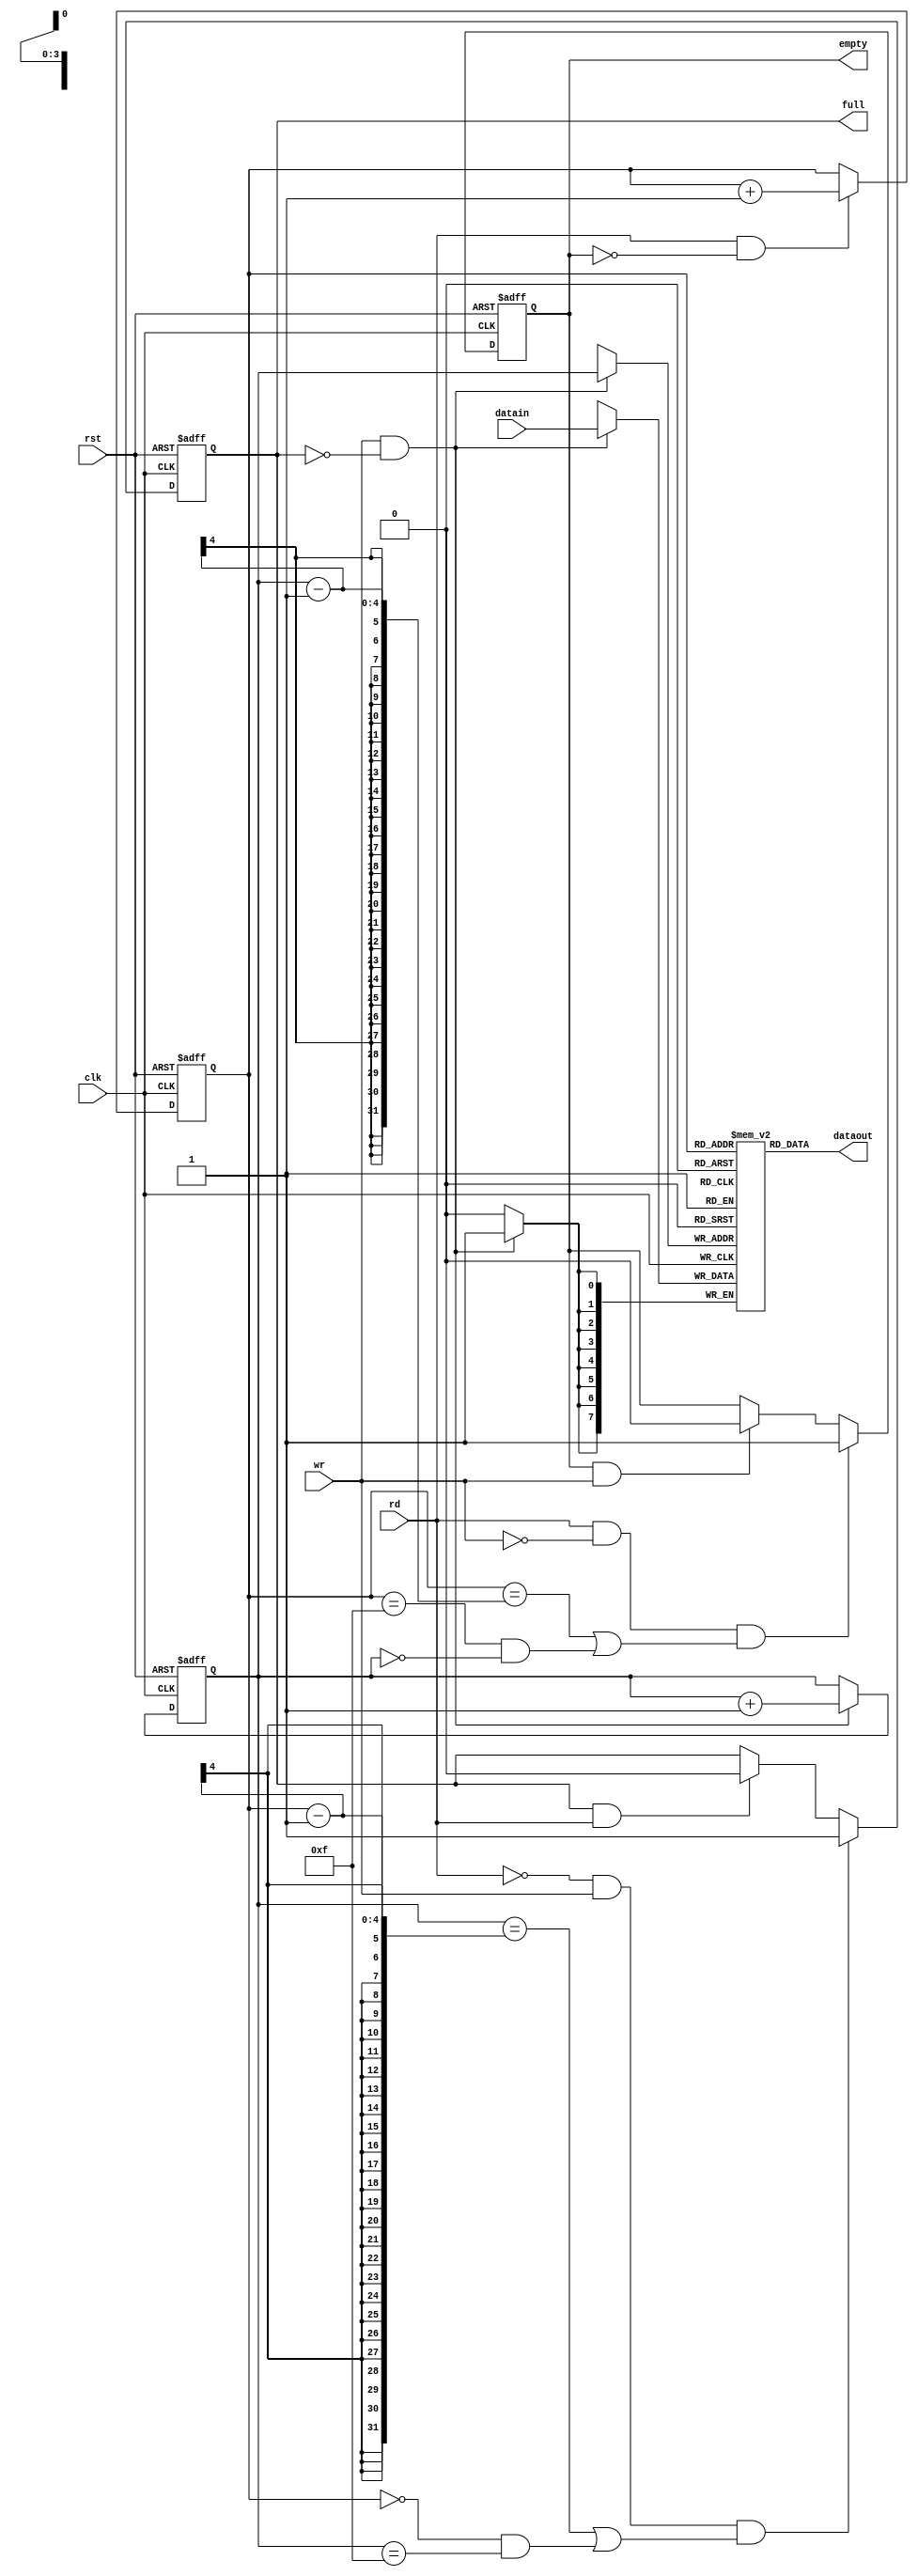
module fifo(datain, rd, wr, rst, clk, dataout, full, empty);

input [7:0] datain;
input rd, wr, rst, clk;

output [7:0] dataout;
output full, empty;

wire [7:0] dataout;

reg full_in, empty_in;
reg [7:0] mem [15:0];
reg [3:0] rp, wp;//,41616

assign full = full_in;
assign empty = empty_in;

// memory read out
assign dataout = mem[rp];

// memory write in
always@(posedge clk) begin
    if(wr && ~full_in) mem[wp]<=datain;
end

// memory write pointer increment
always@(posedge clk or negedge rst) begin
    if(!rst) wp<=0;
    else begin
      if(wr && ~full_in) wp<= wp+1'b1;
    end
end

// memory read pointer increment
always@(posedge clk or negedge rst)begin
    if(!rst) rp <= 0;
    else begin
      if(rd && ~empty_in) rp <= rp + 1'b1;
    end
end

// Full signal generate
always@(posedge clk or negedge rst) begin
    if(!rst) full_in <= 1'b0;
    else begin
      if( (~rd && wr)&&((wp==rp-1)||(rp==4'h0&&wp==4'hf)))
          full_in <= 1'b1;
      else if(full_in && rd) full_in <= 1'b0;
    end
end

// Empty signal generate
always@(posedge clk or negedge rst) begin
    if(!rst) empty_in <= 1'b1;
    else begin
      if((rd&&~wr)&&(rp==wp-1 || (rp==4'hf&&wp==4'h0)))
        empty_in<=1'b1;
      else if(empty_in && wr) empty_in<=1'b0;
    end
end
endmodule